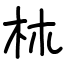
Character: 𣏕